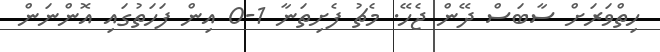
ހިތްވަރަށް ސާބަސް ދޭން ޖެހޭ. މެޗު ފެށިތަނާ 1-0 އިން ފަހަތުގައި އޮންނަން